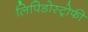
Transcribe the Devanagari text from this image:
लिपिडोस्ट्रोफी